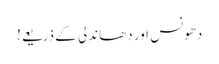
دھونس اور دھاندلی کے ذریعے!